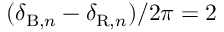
( \delta _ { \mathrm { B } , n } - \delta _ { \mathrm { R } , n } ) / 2 \pi = 2